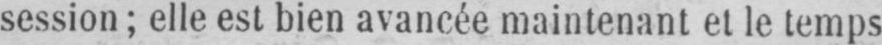
session; elle est bien avancée maintenant et le temps